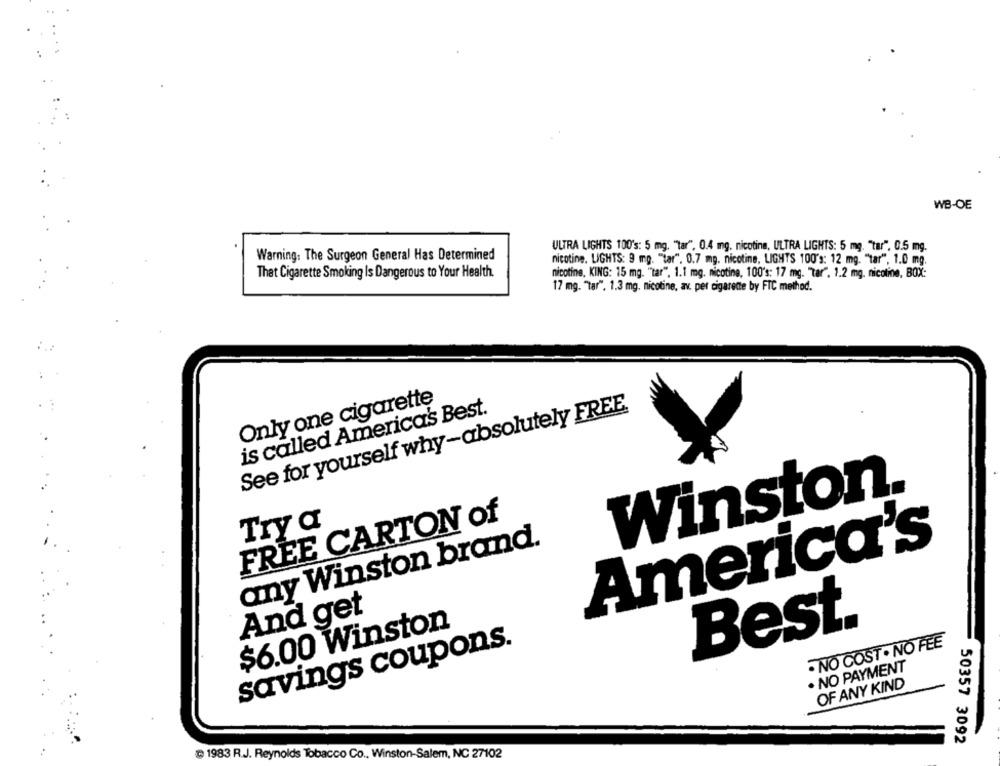
:
WB-OE
ULTRA LIGHTS 100's: 5 mg. "Tar", 0.4 mg. nicotine, ULTRA LIGHTS: 5 mg. "tar", 0.5 mg.
Warning: The Surgeon General Has Determined
nicotine. LIGHTS: 9 mg. "tar". 0.7 mg. nicotine, LIGHTS 100's: 12 mg. "tar", 1.0 mg.
That Cigarette Smoking Is Dangerous to Your Health.
nicotine, KING: 15 mg. "tar". 1.1 mg. nicotine, 100's: 17 mg. "tar". 1.2 mg. nicotine, BOX:
17 mg. "Tar". 1.3 mg. nicotine, av. per cigarette by FTC method.
Only one cigarette
See for yourself why-absolutely FREE
is called America's Best.
Winston.
FREE CARTON of
Try a
any Winston brand.
America's
And get
$6.00 Winston
Best.
- NO COST . NO FEE
savings coupons.
. NO PAYMENT
OF ANY KIND
50357 3092
1983 R.J. Reynolds Tobacco Co ., Winston-Salem, NC 27102